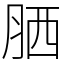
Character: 𦚵